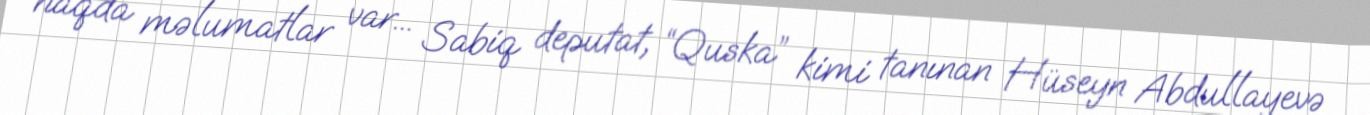
haqda məlumatlar var... Sabiq deputat, “Quska” kimi tanınan Hüseyn Abdullayevə